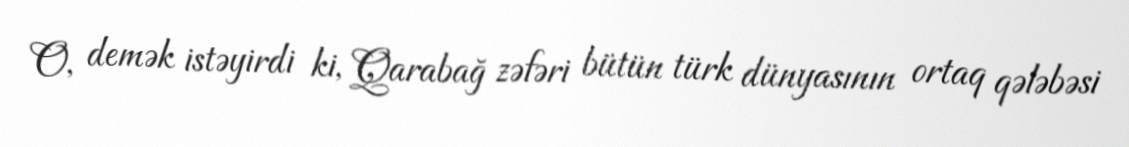
O, demək istəyirdi ki, Qarabağ zəfəri bütün türk dünyasının ortaq qələbəsi